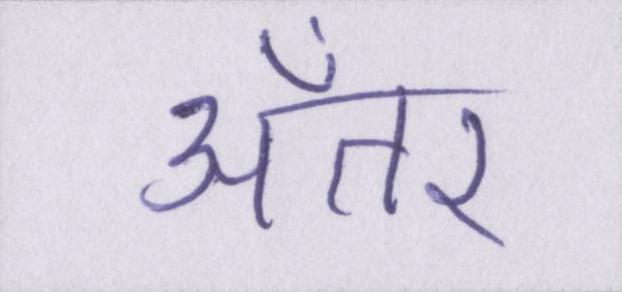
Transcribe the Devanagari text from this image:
अँतर